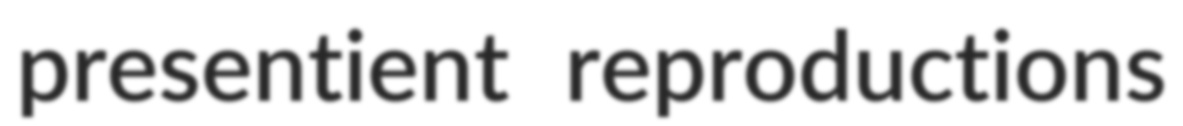
presentient reproductions